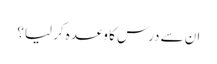
ان سے درس کا وعدہ کر لیا؟